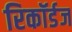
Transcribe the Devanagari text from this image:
रिकॉर्डज